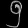
Digit: ၅